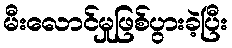
မီးလောင်မှုဖြစ်ပွားခဲ့ပြီး